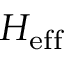
H _ { \mathrm { e f f } }